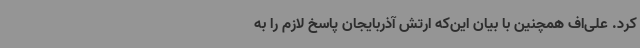
کرد. علی‌اف همچنین با بیان این‌که ارتش آذربایجان پاسخ لازم را به